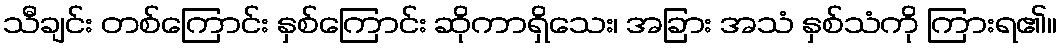
သီချင်း တစ်ကြောင်း နှစ်ကြောင်း ဆိုကာရှိသေး၊ အခြား အသံ နှစ်သံကို ကြားရ၏။